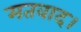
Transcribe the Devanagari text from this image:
मतवाद।